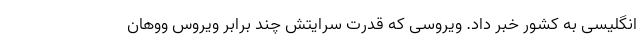
انگلیسی به کشور خبر داد. ویروسی که قدرت سرایتش چند برابر ویروس ووهان